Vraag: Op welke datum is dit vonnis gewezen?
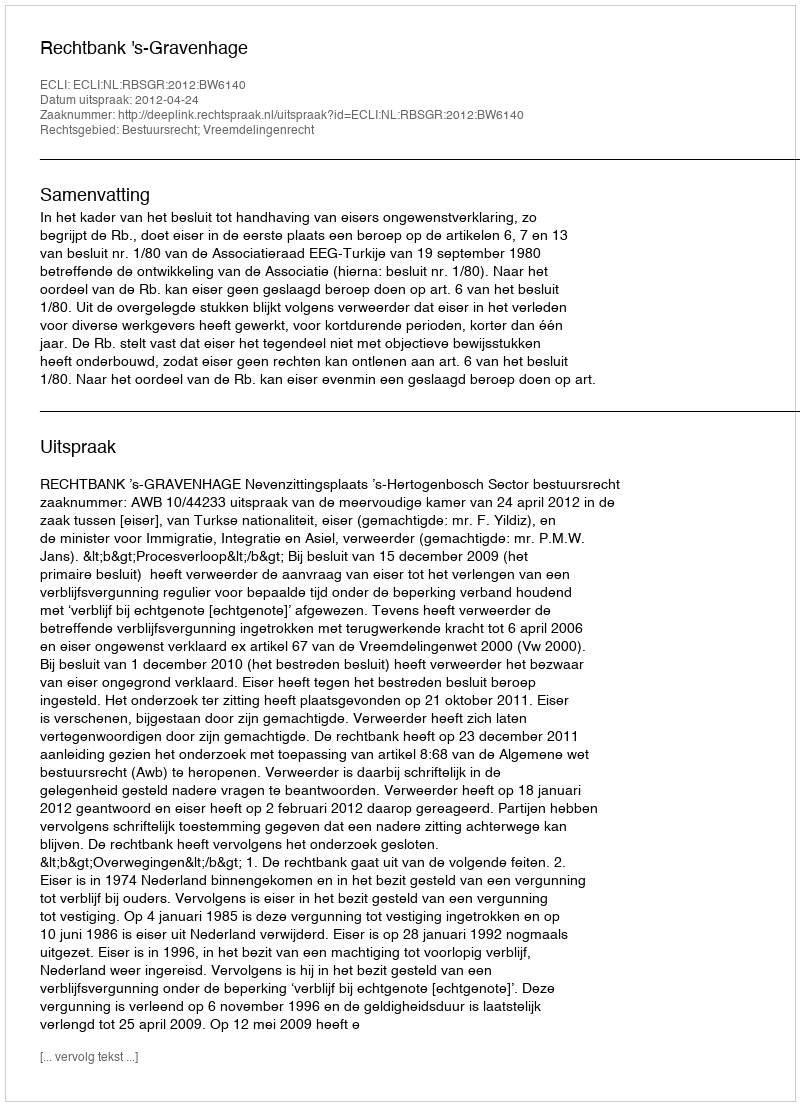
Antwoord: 2012-04-24